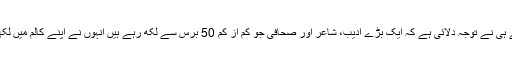
اس پر بھی ایک بچے ہی نے توجہ دلائی ہے کہ ایک بڑے ادیب، شاعر اور صحافی جو کم از کم 50 برس سے لکھ رہے ہیں انہوں نے اپنے کالم میں لکھا ہے ’حامی بھرلی‘۔